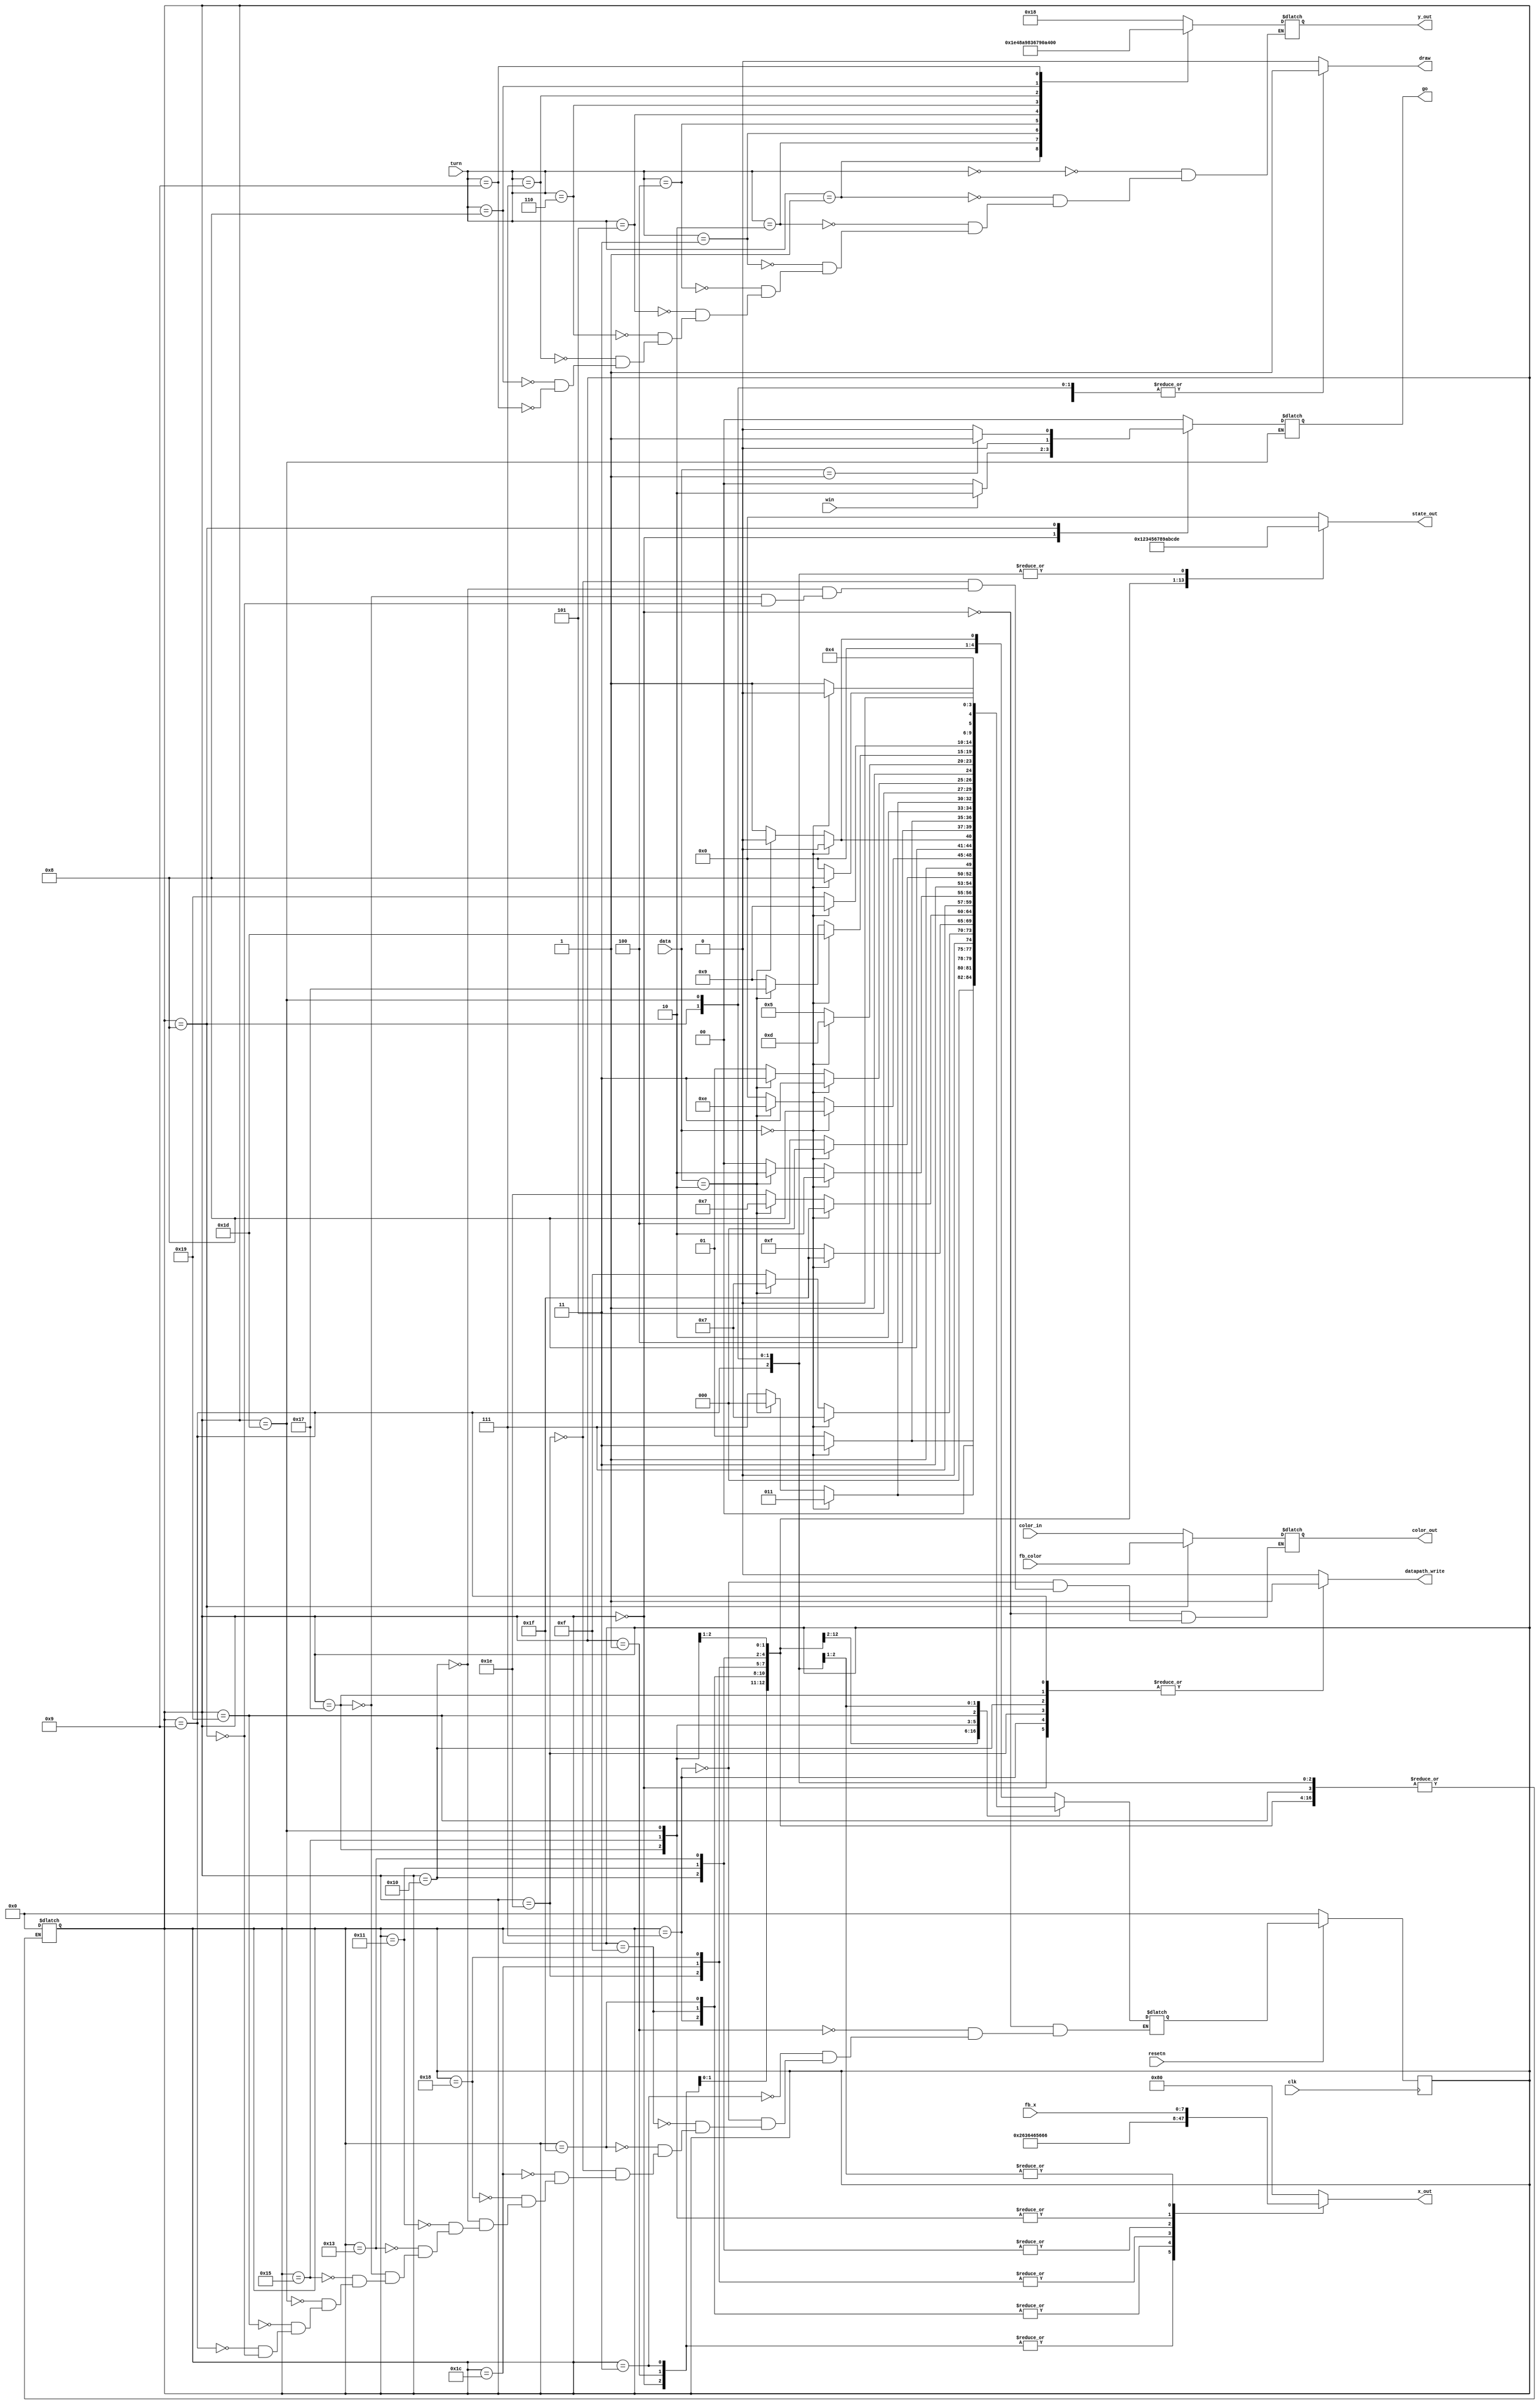
module control(
	output reg [7:0]x_out, //x Coordinates to draw the square
	output reg [6:0]y_out, //y Coordinates to draw the square
	output reg datapath_write, //Write to the datapath
	output reg draw,		//Plot for the VGA
	output reg [1:0] go, //go to the next turn
	output reg [3:0] state_out, //What state of FSM WE're in
	output reg [2:0]color_out,
	input clk,
	input [3:0]turn,
	input [1:0]data,
	input win,
	input [2:0]color_in,
	input [2:0] fb_color,
	input resetn,
	input [7:0] fb_x); //x coordinate for feedback
	
	reg [4:0] current_state, next_state;
	
	
	localparam 	TP1 = 5'b00000,
				WP1 = 5'b00001,
				DP1 = 5'b00011,
				TP2 = 5'b00111,
				WP2 = 5'b01111,
				DP2 = 5'b11111,
				TP3 = 5'b11110,
				WP3 = 5'b11100,
				DP3 = 5'b11000,
				TP4 = 5'b10000,
				WP4 = 5'b10001,
				DP4 = 5'b10011,
				TP5 = 5'b10111,
				WP5 = 5'b10101,
				DP5 = 5'b11101,
				FBW = 5'b11001,
				FB = 5'b01001,
				FBD = 5'b01000;
					
	//State Table
	always @(*)
		begin
			case(current_state)
				TP1: begin
						if (data[1:0] == 2'b00)
							next_state <= TP1;
						else if (data[1:0] == 2'b10)
							next_state <= TP1;
						else
							next_state <= WP1;
						end
				WP1: begin								//In wait and draw states, move on only if
						if (data[1:0] == 2'b00)		//the signal is 00, stay otherwise
							next_state <= DP1;
						else
							next_state <= WP1;
						end
				DP1: begin
						if (data[1:0] == 2'b00)
							next_state <= DP1;
						else if (data[1:0] == 2'b10)
							next_state <= TP1;
						else
							next_state <= TP2;
						end
				TP2: begin
						if (data[1:0] == 2'b00)
							next_state <= TP2;
						else if (data[1:0] == 2'b10)
							next_state <= TP2;
						else
							next_state <= WP2;
						end
				WP2: begin
						if (data[1:0] == 2'b00)
							next_state <= DP2;
						else
							next_state <= WP2;
						end
				DP2: begin
						if (data[1:0] == 2'b00)
							next_state <= DP2;
						else if (data[1:0] == 2'b10)
							next_state <= TP2;
						else
							next_state <= TP3;
						end
				TP3: begin
						if (data[1:0] == 2'b00)
							next_state <= TP3;
						else if (data[1:0] == 2'b10)
							next_state <= TP3;
						else
							next_state <= WP3;
						end
				WP3: begin
						if (data[1:0] == 2'b00)
							next_state <= DP3;
						else
							next_state <= WP3;
						end
				DP3: begin
						if (data[1:0] == 2'b00)
							next_state <= DP3;
						else if (data[1:0] == 2'b10)
							next_state <= TP3;
						else
							next_state <= TP4;
						end
				TP4: begin
						if (data[1:0] == 2'b00)
							next_state <= TP4;
						else if (data[1:0] == 2'b10)
							next_state <= TP4;
						else
							next_state <= WP4;
						end
				WP4: begin
						if (data[1:0] == 2'b00)
							next_state <= DP4;
						else
							next_state <= WP4;
						end
				DP4: begin
						if (data[1:0] == 2'b00)
							next_state <= DP4;
						else if (data[1:0] == 2'b10)
							next_state <= TP4;
						else
							next_state <= TP5;
						end
				TP5: begin
						if (data[1:0] == 2'b00)
							next_state <= TP5;
						else if (data[1:0] == 2'b10)
							next_state <= TP5;
						else
							next_state <= WP5;
						end
				WP5: begin
						if (data[1:0] == 2'b00)
							next_state <= DP5;
						else
							next_state <= WP5;
						end
				DP5: begin
						if (data[1:0] == 2'b00)
							next_state <= DP5;
						else if (data[1:0] == 2'b10)
							next_state <= TP5;
						else
							next_state <= FB;
						end
				FBW: begin
						if(data[1:0] == 2'b00)
							next_state <= FB;
						else
							next_state <= FBW;
						end
				FB: begin
					if (data[1:0] == 2'b00)
						next_state <= FBD;
					else
						next_state <= FB;
					end
				FBD: begin
						if (data[1:0] == 2'b00) //Draw and wait for signal to go into next turn
							next_state <= FBD;
						else
							next_state <= TP1;
						end
				default: 
					current_state <= TP1;
				endcase
				end
				
	//Output Table
	always @(*)
		begin 
			case(current_state)
					TP1 : begin
						x_out <= {1'b0,7'd38};
						datapath_write <= 1'b1;
						state_out <= 4'd0;
						draw <= 1'b0;
						color_out <= color_in;
						if(win)
							go <= 2'b10;
						else
							go <= 2'b00;
						end
					WP1 : begin
						x_out <= {1'b0,7'd38};
						datapath_write <= 1'b0;
						state_out <= 4'd1;
						draw <= 1'b0;
						go <= 2'b00;
						end
					DP1 : begin
						x_out <= {1'b0,7'd38};
						datapath_write <= 1'b0;
						draw <= 1'b1;
						state_out <= 4'd2;
						go <= 2'b00;
						end
					TP2 : begin
						x_out <= {1'b0,7'd54};
						datapath_write <= 1'b1;
						state_out <= 4'd3;
						draw <= 1'b0;	
						color_out <= color_in;
						go <= 2'b00;
						end
					WP2 : begin
						x_out <= {1'b0,7'd54};
						datapath_write <= 1'b0;
						state_out <= 4'd4;
						draw <= 1'b0;
						go <= 2'b00;
						end
					DP2 : begin
						x_out <= {1'b0,7'd54};
						datapath_write <= 1'b0;
						draw <= 1'b1;
						state_out <= 4'd5;
						go <= 2'b00;
						end
					TP3 : begin
						x_out <= {1'b0,7'd70};
						datapath_write <= 1'b1;
						state_out <= 4'd6;
						draw <= 1'b0;
						color_out <= color_in;
						go <= 2'b00;
						end
					WP3 : begin
						x_out <= {1'b0,7'd70};
						datapath_write <= 1'b0;
						state_out <= 4'd7;
						draw <= 1'b0;
						go <= 2'b00;
						end
					DP3 : begin
						x_out <= {1'b0,7'd70};
						datapath_write <= 1'b0;
						draw <= 1'b1;
						state_out <= 4'd8;
						go <= 2'b00;
						end
					TP4 : begin
						x_out <= {1'b0,7'd86};
						datapath_write <= 1'b1;
						state_out <= 4'd9;
						draw <= 1'b0;
						color_out <= color_in;
						go <= 2'b00;
						end
					WP4 : begin
						x_out <= {1'b0,7'd86};
						datapath_write <= 1'b0;
						state_out <= 4'd10;
						draw <= 1'b0;
						go <= 2'b00;
						end
					DP4 : begin
						x_out <= {1'b0,7'd86};
						datapath_write <= 1'b0;
						draw <= 1'b1;
						state_out <= 4'd11;
						go <= 2'b00;
						end
					TP5 : begin
						x_out <= {1'b0,7'd102};
						datapath_write <= 1'b1;
						state_out <= 4'd12;
						draw <= 1'b0;
						color_out <= color_in;
						go <= 2'b00;
						end
					WP5 : begin
						x_out <= {1'b0,7'd102};
						datapath_write <= 1'b0;
						state_out <= 4'd13;
						draw <= 1'b0;
						go <= 2'b00;
						end
					DP5 : begin
						x_out <= {1'b0,7'd102};
						datapath_write <= 1'b0;
						draw <= 1'b1;
						state_out <= 4'd14;
						end
					FB: begin
						x_out <= fb_x;
						datapath_write <= 1'b1;
						draw <= 1'b0;
						state_out <= 4'd14;
						go <= 2'b00;
						end
					FBD: begin
						x_out <= fb_x;
						datapath_write <= 1'b0;
						draw <= 1'b1;
						state_out <= 4'd14;
						color_out <= fb_color;
						if(data == 2'b01)
								go <= 2'b01;
						else
							go <= 2'b00;
						end
						
					default: 
						begin
							x_out <= {1'b1,7'd0};	//We always know the x value
							datapath_write <= 1'b0; //Write the position into the datapath
							draw <= 1'b0; // Draw the next peg
							state_out <= 4'd0;
							go <= 2'b00;
						end
				endcase
		end
	//y value depends on what turn we are in
	always @(*)
		begin
			case(turn)
					4'd0: y_out <= 7'd24;
					4'd1: y_out <= 7'd30;
					4'd2: y_out <= 7'd36;
					4'd3: y_out <= 7'd42;
					4'd4: y_out <= 7'd48;
					4'd5: y_out <= 7'd54;
					4'd6: y_out <= 7'd60;
					4'd7: y_out <= 7'd66;
					4'd8: y_out <= 7'd72;
					4'd9: y_out <= 7'd78;
			endcase
		end
	//Setup a synchronus reset
	always @(posedge clk)
		begin
			if(!resetn)
				current_state <= TP1;
			else
				current_state <= next_state;
		end
endmodule